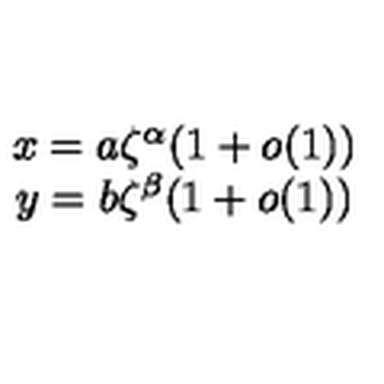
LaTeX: \begin{array} { c } { x = a \zeta ^ { \alpha } ( 1 + o ( 1 ) ) } \\ { y = b \zeta ^ { \beta } ( 1 + o ( 1 ) ) } \\ \end{array}